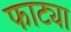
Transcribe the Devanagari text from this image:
फाट्या